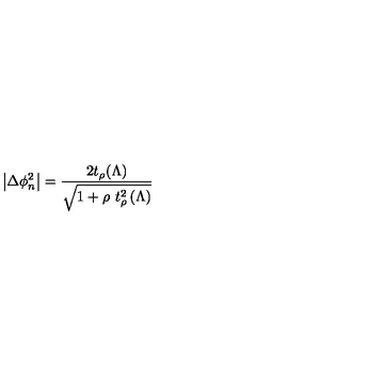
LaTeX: \left| \Delta \phi _ { n } ^ { 2 } \right| = \frac { 2 t _ { \rho } ( \Lambda ) } { \sqrt { 1 + \rho \ t _ { \rho } ^ { 2 } \left( \Lambda \right) } }